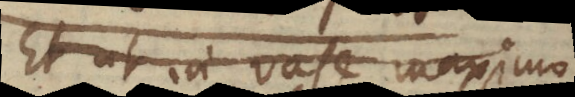
Et in vase maximo